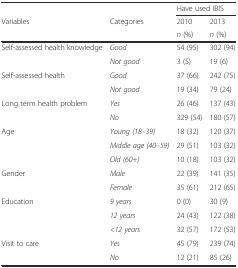
|  |  | <COLSPAN=2> Have used IBIS |
 | Variables | Categories | 2010 | 2013 |
 |  |  | n (%) | n (%) |
 | --- | --- | --- | --- |
 | <ROWSPAN=2> Self-assessed health knowledge | Good | 54 (95) | 302 (94) |
 | Not good | 3 (5) | 19 (6) |
 | <ROWSPAN=2> Self-assessed health | Good | 37 (66) | 242 (75) |
 | Not good | 19 (34) | 79 (24) |
 | <ROWSPAN=2> Long term health problem | Yes | 26 (46) | 137 (43) |
 | No | 329 (54) | 180 (57) |
 | <ROWSPAN=3> Age | Young (18–39) | 18 (32) | 120 (37) |
 | Middle age (40–59) | 29 (51) | 103 (32) |
 | Old (60+) | 10 (18) | 103 (32) |
 | <ROWSPAN=2> Gender | Male | 22 (39) | 141 (35) |
 | Female | 35 (61) | 212 (65) |
 | <ROWSPAN=3> Education | 9 years | 0 (0) | 30 (9) |
 | 12 years | 24 (43) | 122 (38) |
 | <12 years | 32 (57) | 172 (53) |
 | Visit to care | Yes | 45 (79) | 239 (74) |
 |  | No | 12 (21) | 85 (26) |